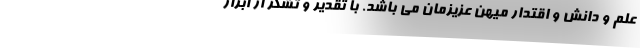
علم و دانش و اقتدار میهن عزیزمان می باشد. با تقدیر و تشکر از ابراز